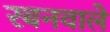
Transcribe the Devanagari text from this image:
रबनवाले